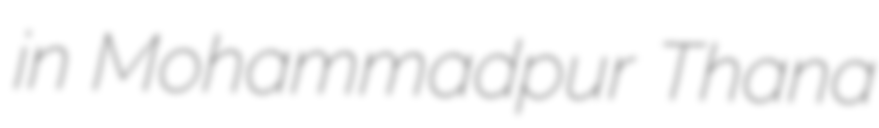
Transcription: in Mohammadpur Thana